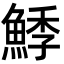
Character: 鯚